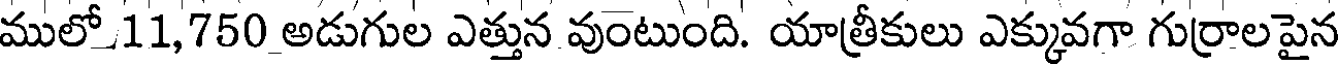
ములో_11,750 అడుగుల ఎత్తున వుంటుంది. యాత్రీకులు ఎక్కువగా గుర్రాలపైన